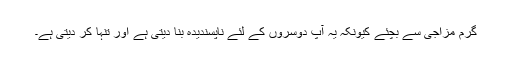
گرم مزاجی سے بچئے کیونکہ یہ آپ دوسروں کے لئے ناپسندیدہ بنا دیتی ہے اور تنہا کر دیتی ہے۔